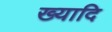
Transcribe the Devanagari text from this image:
ख्यादि